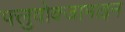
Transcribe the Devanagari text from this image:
फ्लुवोक्जामाइन